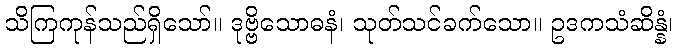
သိကြကုန်သည်ရှိသော်။ ဒုဗ္ဗိသောဓနံ၊ သုတ်သင်ခက်သော။ ဥဒကသံဆိန္နံ၊